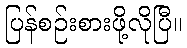
ပြန်စဉ်းစားဖို့လိုပြီ။